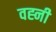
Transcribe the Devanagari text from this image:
वह्नी